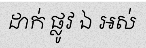
ដាក់ ផ្លូវ ឯ អស់